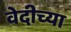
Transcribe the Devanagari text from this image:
वेदीच्या